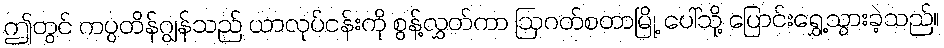
ဤတွင် ကပ္ပတိန်ဂျွန်သည် ယာလုပ်ငန်းကို စွန့်လွှတ်ကာ ဩဂတ်စတာမြို့ ပေါ်သို့ ပြောင်းရွှေ့သွားခဲ့သည်။